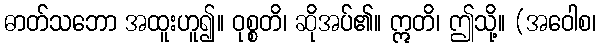
ဓာတ်သဘော အထူးဟူ၍။ ဝုစ္စတိ၊ ဆိုအပ်၏။ ဣတိ၊ ဤသို့။ (အဝေါစ၊